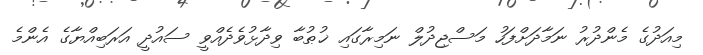
މިއަދުގެ މެންދުރު ނަމާދަށްފަހު މަސްޖިދުލް ނަމިރާގައި ޚުޠުބާ ވިދާޅުވެދެއްވީ ސައުދީ އަރަބިއްޔާގެ އެންމެ